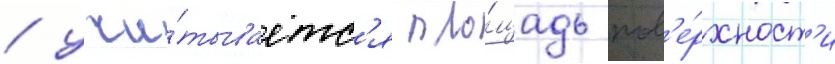
/ учи́тываетс'я пло́щадь пов'е́рхност'и